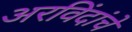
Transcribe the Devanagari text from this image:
अरविंदांचे